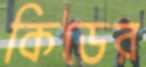
কিডের